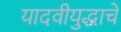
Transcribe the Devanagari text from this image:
यादवीयुद्धाचे